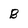
Character: B